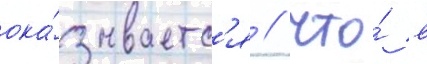
ока́зываетс'я / что́ в